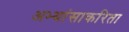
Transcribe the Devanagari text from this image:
अभ्यांसाकरिता